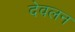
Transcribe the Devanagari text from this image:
देवलन